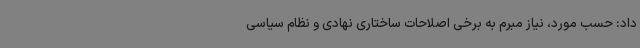
داد:‌ حسب مورد، نیاز مبرم به برخی اصلاحات ساختاری نهادی و نظام سیاسی